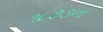
૧૮૭૩ના